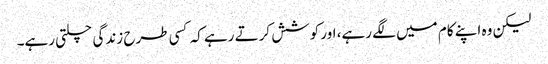
لیکن وہ اپنے کام میں لگے رہے، اور کوشش کرتے رہے کہ کسی طرح زندگی چلتی رہے۔